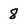
Character: 8